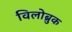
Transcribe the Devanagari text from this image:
विलोब्रुक